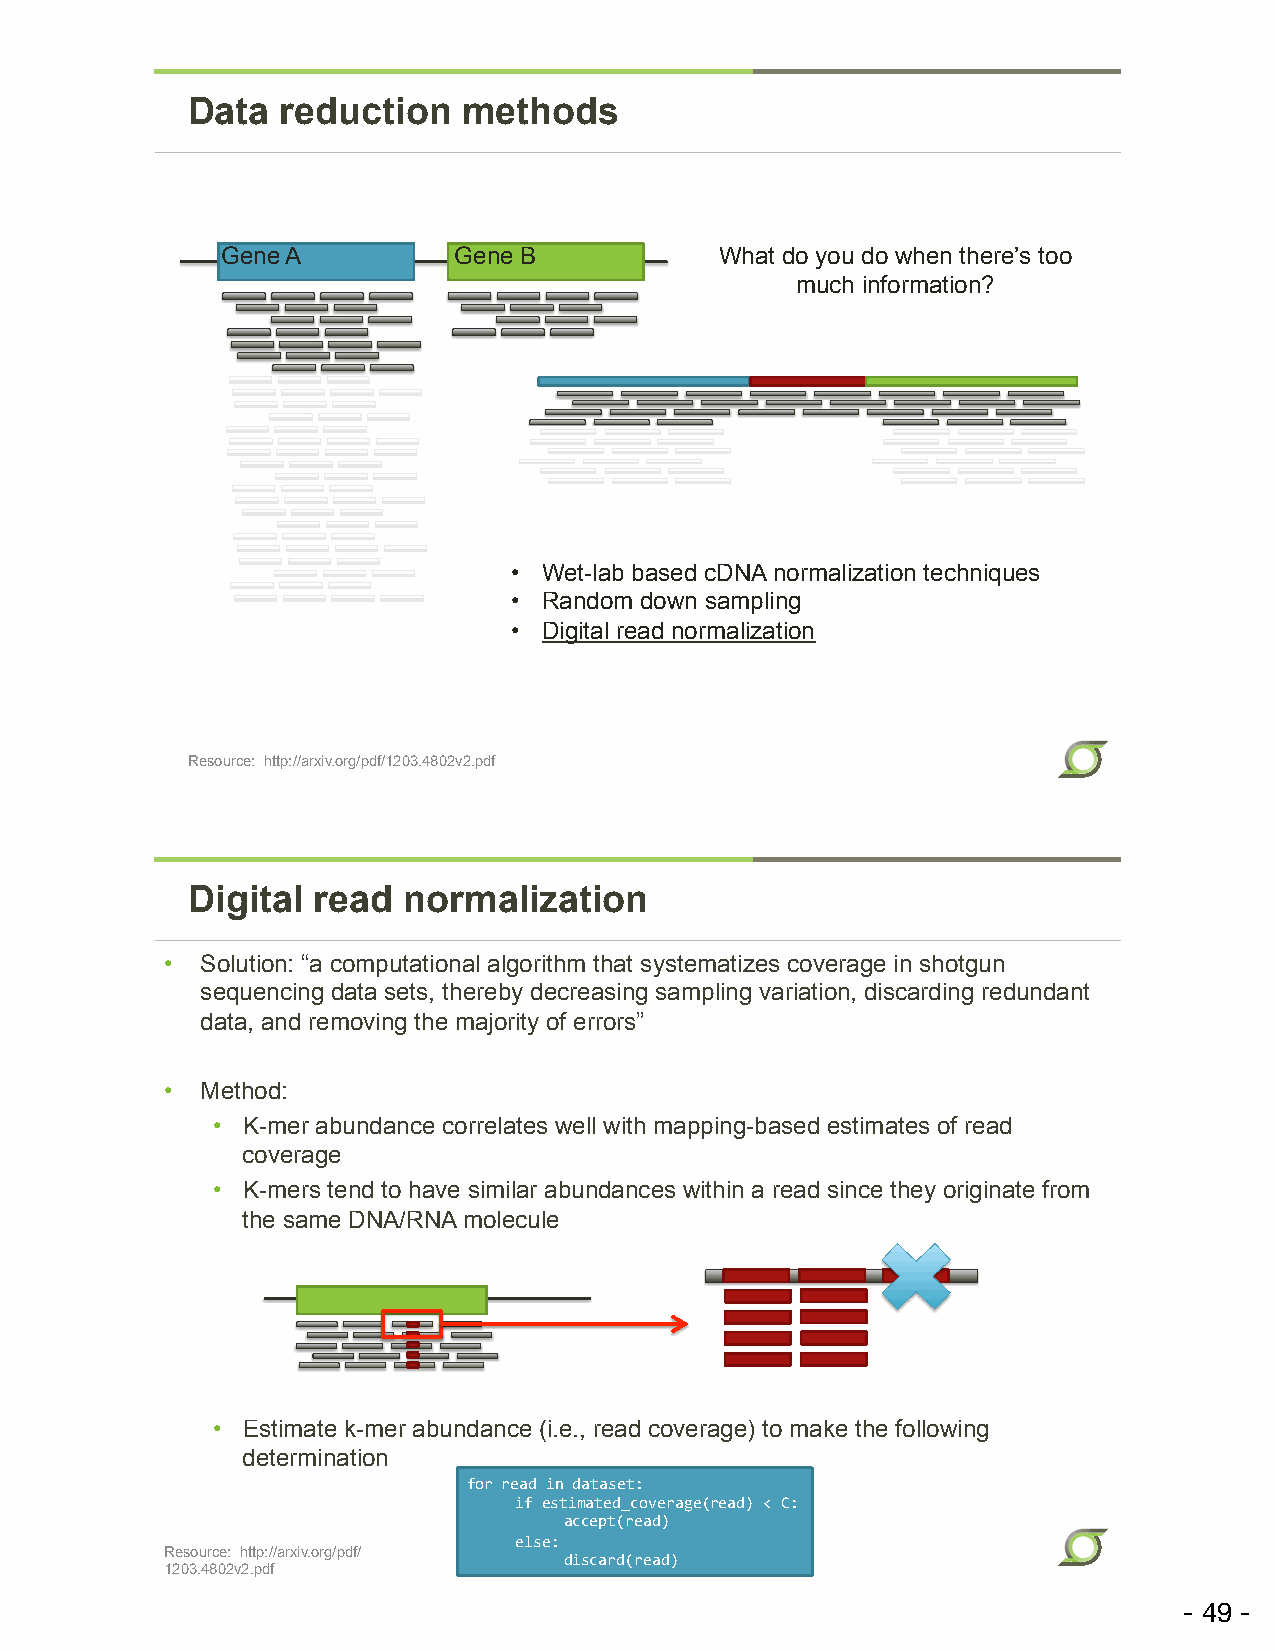
Data   reduction   methods
 Gene A         Gene B            What do you do when there’s too
 much information?
 • Wet-lab based cDNA normalization techniques
 • Random down sampling
 • Digital read normalization
 Resource: http://arxiv.org/pdf/1203.4802v2.pdf
 Digital  read  normalization
 • Solution: “a computational algorithm that systematizes coverage in shotgun
 sequencing data sets, thereby decreasing sampling variation, discarding redundant
 data, and removing the majority of errors”
 • Method:
 • K-mer abundance correlates well with mapping-based estimates of read
 coverage
 • K-mers tend to have similar abundances within a read since they originate from
 the same DNA/RNA molecule
 • Estimate k-mer abundance (i.e., read coverage) to make the following
 determination
 for$read$in$dataset:$
 $if$estimated_coverage(read)$<$C:$
 $  $accept(read)$
 $else:$
 Resource: http://arxiv.org/pdf/
 $  $discard(read)$
 1203.4802v2.pdf